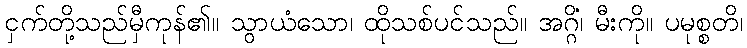
ငှက်တို့သည်မှီကုန်၏။ သွာယံသော၊ ထိုသစ်ပင်သည်။ အဂ္ဂိံ၊ မီးကို။ ပမုစ္စတိ၊